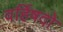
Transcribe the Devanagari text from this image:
वर्हिषदो